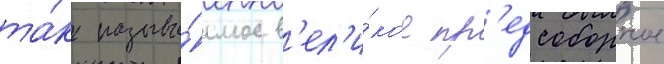
та́к называ́емое в'ел'и́кое пр'едсоборное